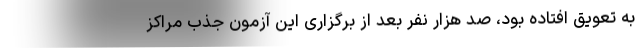
به تعویق افتاده بود، صد هزار نفر بعد از برگزاری این آزمون جذب مراکز